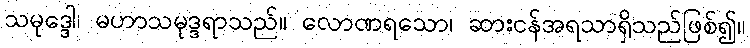
သမုဒ္ဒေါ၊ မဟာသမုဒ္ဒရာသည်။ လောဏရသော၊ ဆားငန်အရသာရှိသည်ဖြစ်၍။